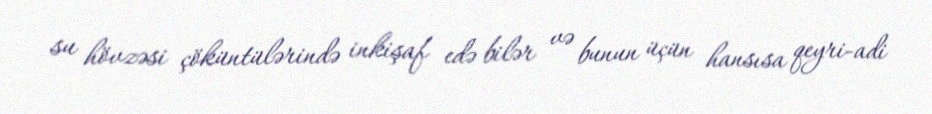
su hövzəsi çöküntülərində inkişaf edə bilər və bunun üçün hansısa qeyri-adi